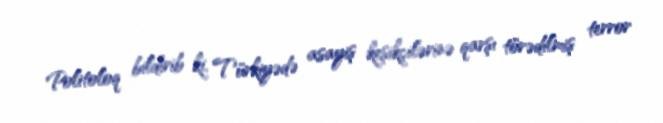
Politoloq bildirib ki, Türkiyədə asayiş keşikçilərinə qarşı törədilmiş terror